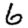
Digit: 6